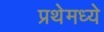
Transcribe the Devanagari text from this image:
प्रथेमध्ये